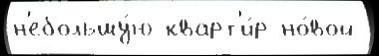
н'ебольшу́ю кварт'и́р но́вой